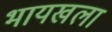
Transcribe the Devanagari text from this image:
भायखला